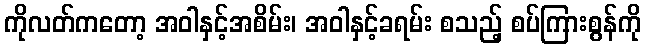
ကိုလတ်ကတော့ အဝါနှင့်အစိမ်း၊ အဝါနှင့်ခရမ်း စသည့် စပ်ကြားစွန်ကို